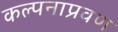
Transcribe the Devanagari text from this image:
कल्पनाप्रवण